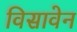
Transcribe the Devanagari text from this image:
विसावेन